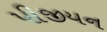
પીજીયન